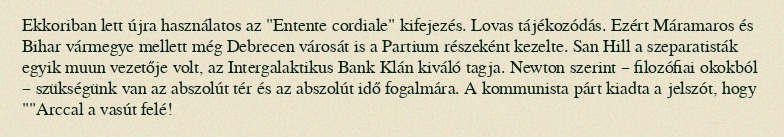
Ekkoriban lett újra használatos az "Entente cordiale" kifejezés. Lovas tájékozódás. Ezért Máramaros és Bihar vármegye mellett még Debrecen városát is a Partium részeként kezelte. San Hill a szeparatisták egyik muun vezetője volt, az Intergalaktikus Bank Klán kiváló tagja. Newton szerint – filozófiai okokból – szükségünk van az abszolút tér és az abszolút idő fogalmára. A kommunista párt kiadta a jelszót, hogy ""Arccal a vasút felé!